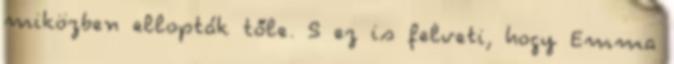
miközben ellopták tőle. S ez is felveti, hogy Emma